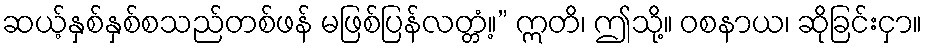
ဆယ့်နှစ်နှစ်စသည်တစ်ဖန် မဖြစ်ပြန်လတ္တံ့။” ဣတိ၊ ဤသို့။ ဝစနာယ၊ ဆိုခြင်းငှာ။